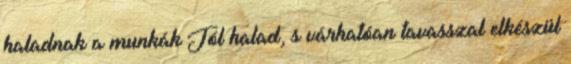
haladnak a munkák Jól halad, s várhatóan tavasszal elkészül